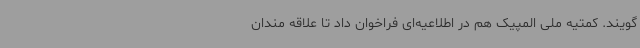
گویند. کمتیه ملی المپیک هم در اطلاعیه‌ای فراخوان داد تا علاقه مندان